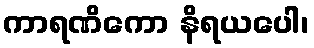
ကာရဏိကော နိရယပေါ၊